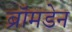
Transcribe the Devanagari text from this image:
ब्रॉमडेन